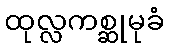
ထုလ္လကစ္ဆုမုခံ